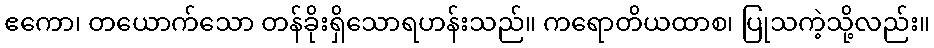
ဧကော၊ တယောက်သော တန်ခိုးရှိသောရဟန်းသည်။ ကရောတိယထာစ၊ ပြုသကဲ့သို့လည်း။